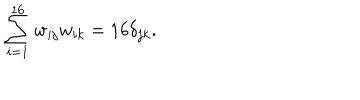
\sum _ { i = 1 } ^ { 1 6 } w _ { i j } w _ { i k } = 1 6 \delta _ { j k } .